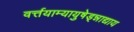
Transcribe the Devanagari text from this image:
वर्त्तयाम्यायुषेड्न्नाद्याय